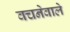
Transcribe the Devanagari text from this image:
वचनेवाले